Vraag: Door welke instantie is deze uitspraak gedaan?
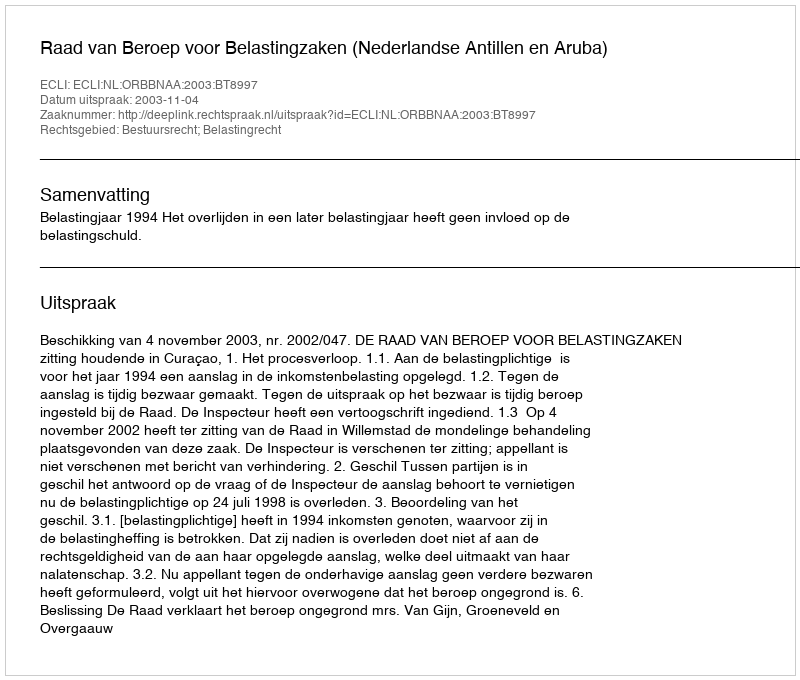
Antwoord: Raad van Beroep voor Belastingzaken (Nederlandse Antillen en Aruba)